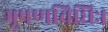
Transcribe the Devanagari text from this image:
भूषणविधिः।